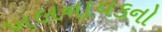
ખલનાયકનો